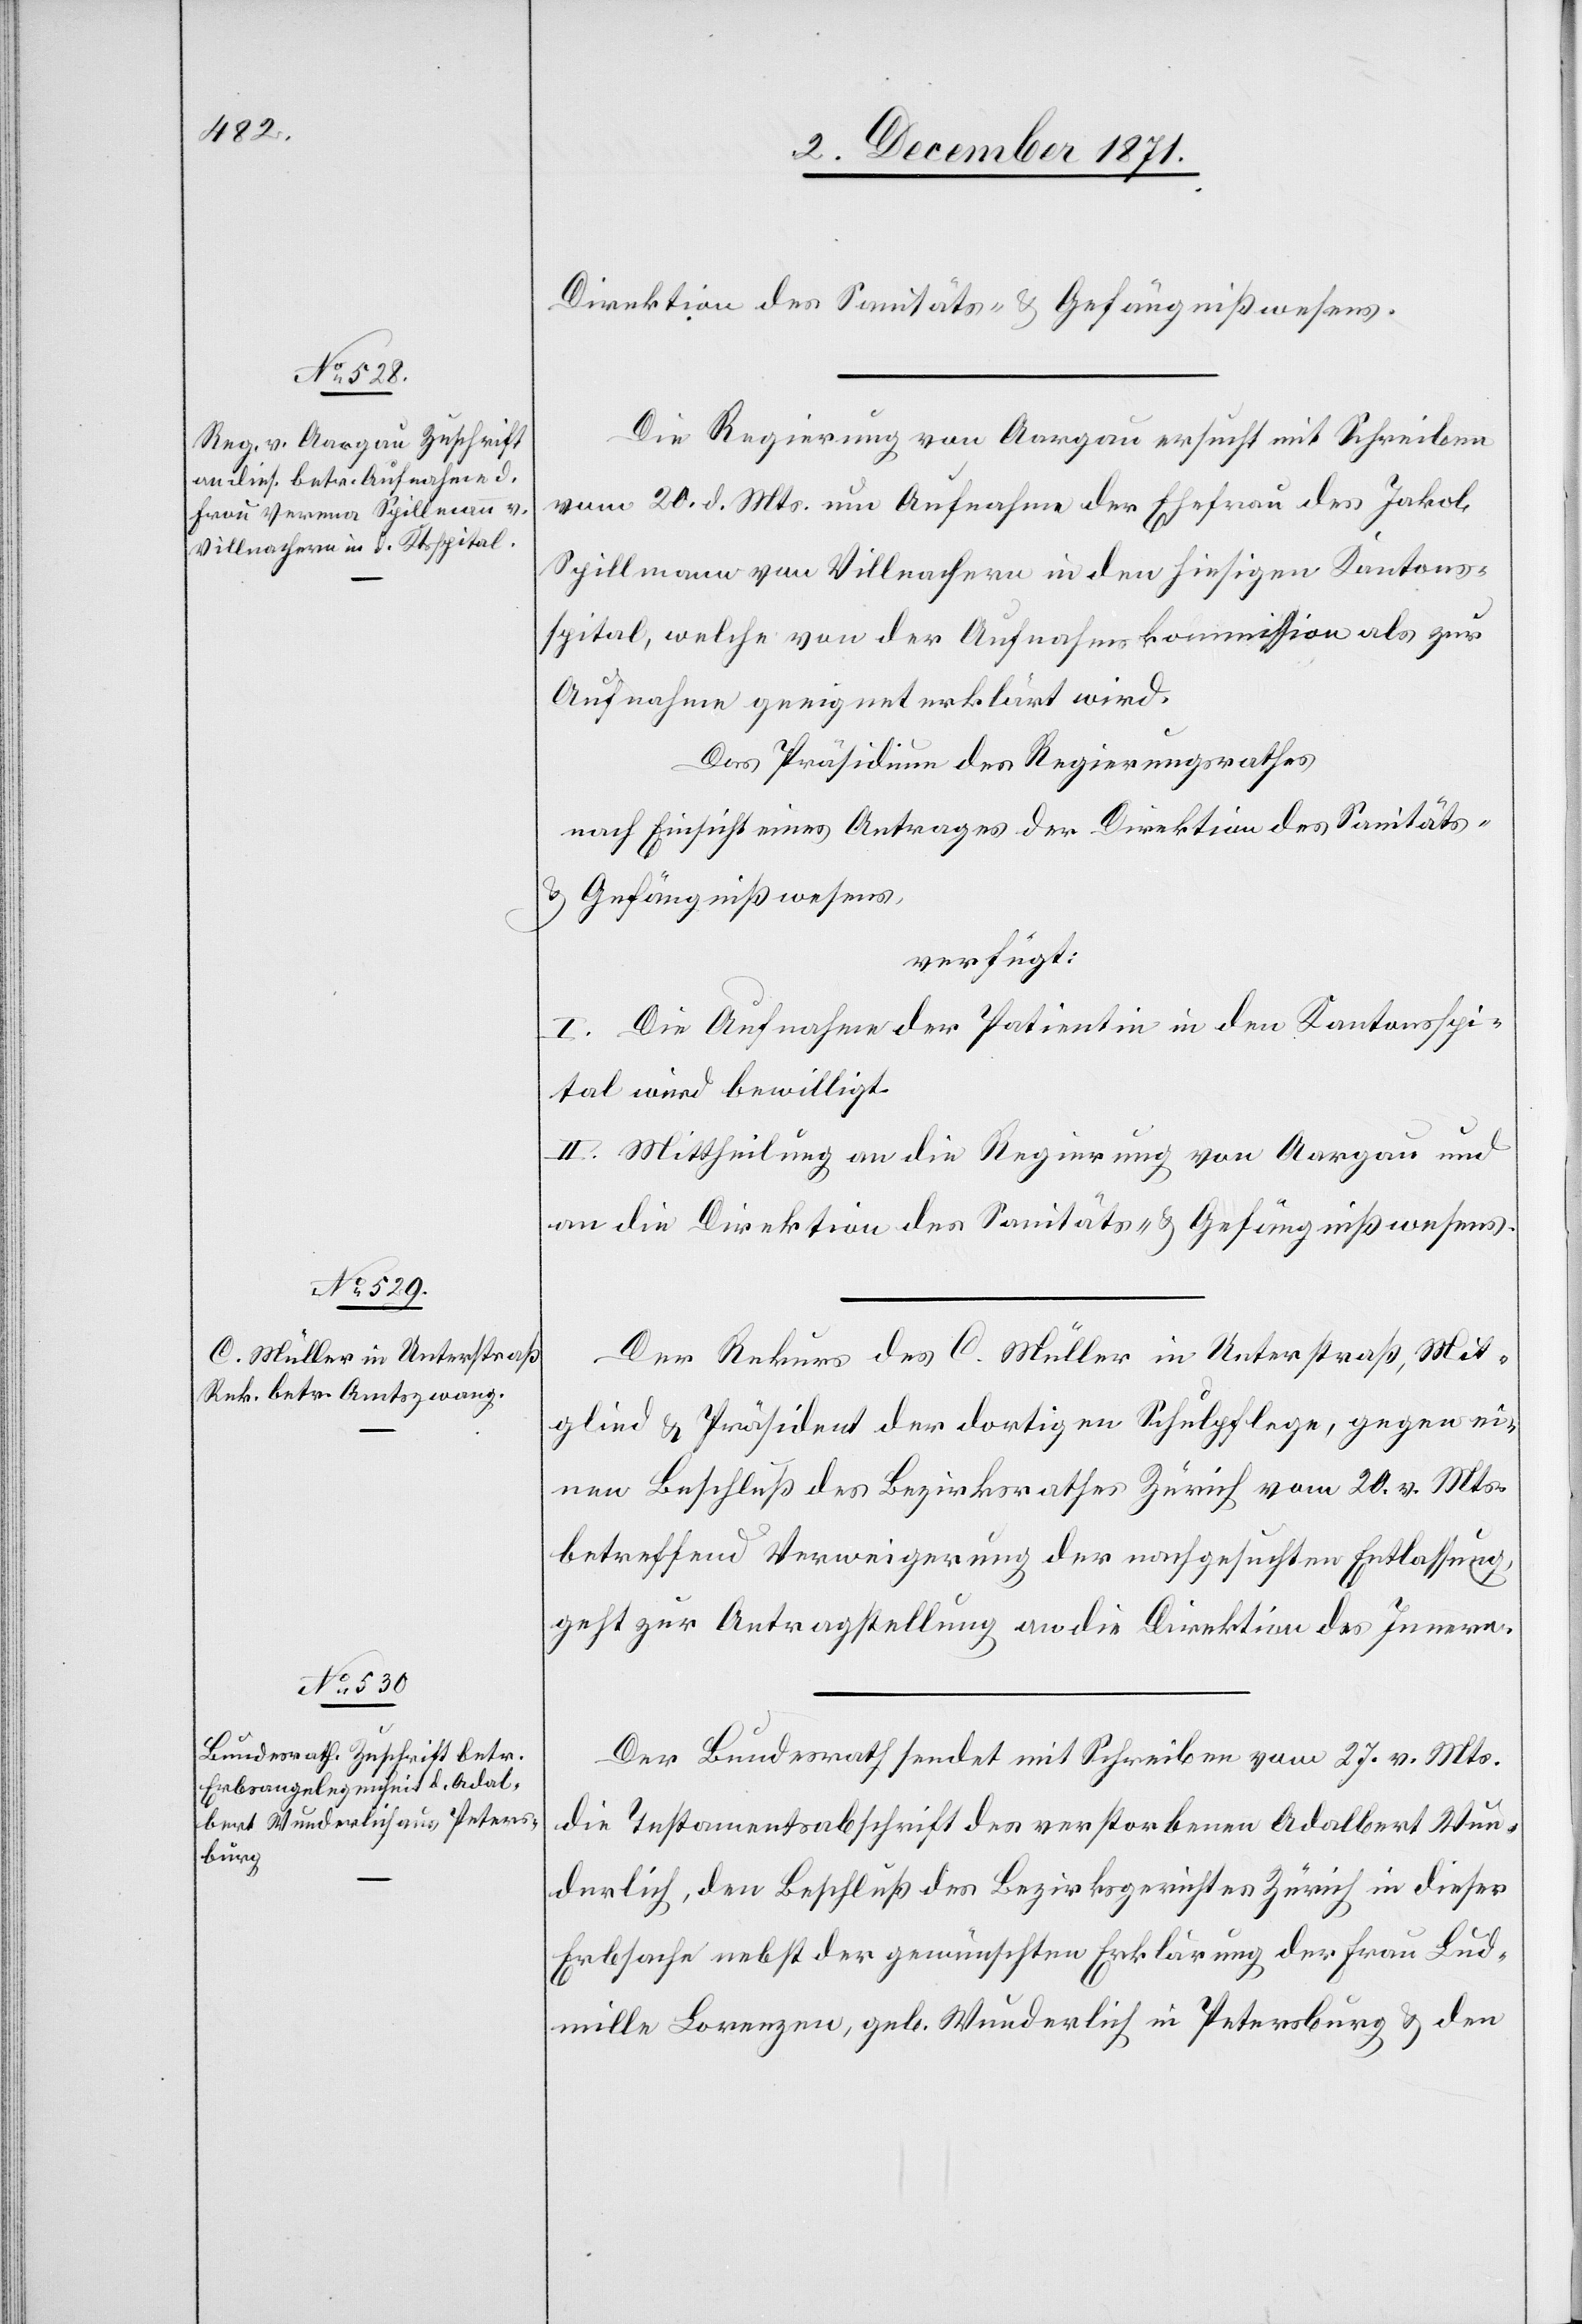
2. December 1871.]
Direktion des Sanitäts- & Gefängnißwesens.
Die Regierung von Aargau ersucht mit Schreiben
vom 20. d. Mts. um Aufnahme der Ehefrau des Jakob
Spillmann von Villnachern in den hiesigen Kantons¬
spital, welche von der Aufnahmskommission als zur
Aufnahme geeignet erklärt wird.
Das Präsidium des Regierungsrathes
nach Einsicht eines Antrages der Direktion des Sanitäts-
& Gefängnißwesens,
verfügt:
I. Die Aufnahme der Patientin in den Kantonsspi¬
tal wird bewilligt.
II. Mittheilung an die Regierung von Aargau und
an die Direktion des Sanitäts- & Gefängnißwesens.
Der Rekurs des C. Müller in Unterstraß, Mit¬
glied & Präsident der dortigen Schulpflege, gegen ei¬
nen Beschluß des Bezirksrathes Zürich vom 20. v. Mts.
betreffend Verweigerung der nachgesuchten Entlassung,
geht zur Antragstellung an die Direktion des Innern.
Der Bundesrath sendet mit Schreiben vom 27. v. Mts.
die Testamentsabschrift des verstorbenen Adalbert Wun¬
derlich, den Beschluß des Bezirksgerichtes Zürich in dieser
Erbsache nebst der gewünschten Erklärung der Frau Lud¬
mille Lorenzen, geb. Wunderlich in Petersburg & den